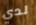
لدي